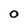
Character: 0